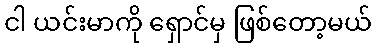
ငါ ယင်းမာကို ရှောင်မှ ဖြစ်တော့မယ်